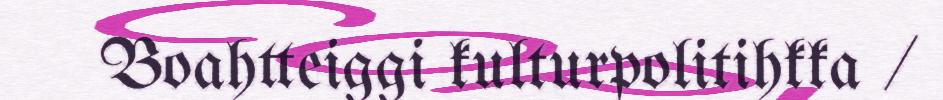
Boahtteiggi kulturpolitihkka /